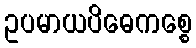
ဥပမာယပိဓေကစ္စေ